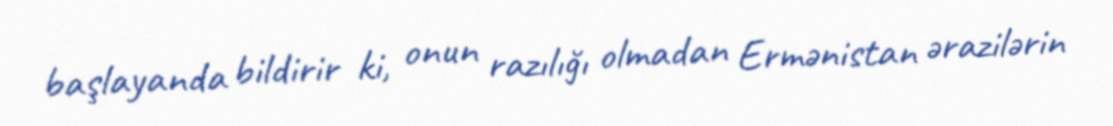
başlayanda bildirir ki, onun razılığı olmadan Ermənistan ərazilərin